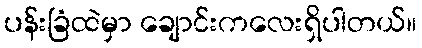
ပန်းခြံထဲမှာ ချောင်းကလေးရှိပါတယ်။